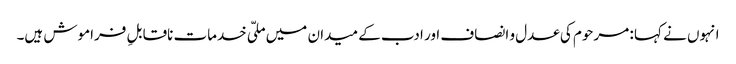
انہوں نے کہا : مرحوم کی عدل و انصاف اور ادب کے میدان میں ملّی خدمات ناقابلِ فراموش ہیں۔